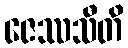
ဇေဿသီတိ